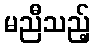
မညီသည့်